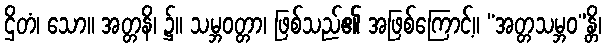
ဌိတံ၊ သော။ အတ္တနိ၊ ၌။ သမ္ဘဝတ္တာ၊ ဖြစ်သည်၏ အဖြစ်ကြောင့်။ “အတ္တသမ္ဘဝ”န္တိ၊